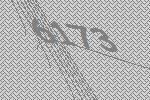
6173